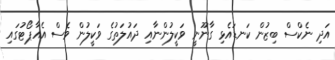
އަދި ނެކްސް ބިޒުން ކަނޑައެޅި ގާނޫނީ ވަކީލުންނާއި ދައުލަތުގެ ވަކީލުން ވެސް އެއާޕޯޓުގައި